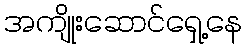
အကျိုးဆောင်ရှေ့နေ